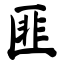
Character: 匪